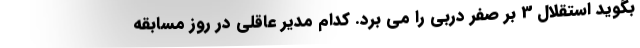
بگوید استقلال 3 بر صفر دربی را می برد. کدام مدیر عاقلی در روز مسابقه